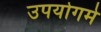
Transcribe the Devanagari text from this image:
उपयोगमे